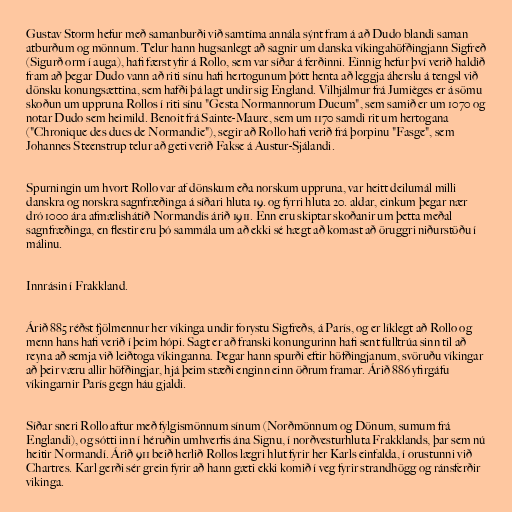
Gustav Storm hefur með samanburði við samtíma annála sýnt fram á að Dudo blandi saman
atburðum og mönnum. Telur hann hugsanlegt að sagnir um danska víkingahöfðingjann Sigfreð
(Sigurð orm í auga), hafi færst yfir á Rollo, sem var síðar á ferðinni. Einnig hefur því verið haldið
fram að þegar Dudo vann að riti sínu hafi hertogunum þótt henta að leggja áherslu á tengsl við
dönsku konungsættina, sem hafði þá lagt undir sig England. Vilhjálmur frá Jumièges er á sömu
skoðun um uppruna Rollos í riti sínu "Gesta Normannorum Ducum", sem samið er um 1070 og
notar Dudo sem heimild. Benoit frá Sainte-Maure, sem um 1170 samdi rit um hertogana
("Chronique des ducs de Normandie"), segir að Rollo hafi verið frá þorpinu "Fasge", sem
Johannes Steenstrup telur að geti verið Fakse á Austur-Sjálandi.

Spurningin um hvort Rollo var af dönskum eða norskum uppruna, var heitt deilumál milli
danskra og norskra sagnfræðinga á síðari hluta 19. og fyrri hluta 20. aldar, einkum þegar nær
dró 1000 ára afmælishátíð Normandís árið 1911. Enn eru skiptar skoðanir um þetta meðal
sagnfræðinga, en flestir eru þó sammála um að ekki sé hægt að komast að öruggri niðurstöðu í
málinu.

Innrásin í Frakkland.

Árið 885 réðst fjölmennur her víkinga undir forystu Sigfreðs, á París, og er líklegt að Rollo og
menn hans hafi verið í þeim hópi. Sagt er að franski konungurinn hafi sent fulltrúa sinn til að
reyna að semja við leiðtoga víkinganna. Þegar hann spurði eftir höfðingjanum, svöruðu víkingar
að þeir væru allir höfðingjar, hjá þeim stæði enginn einn öðrum framar. Árið 886 yfirgáfu
víkingarnir París gegn háu gjaldi.

Síðar sneri Rollo aftur með fylgismönnum sínum (Norðmönnum og Dönum, sumum frá
Englandi), og sótti inn í héruðin umhverfis ána Signu, í norðvesturhluta Frakklands, þar sem nú
heitir Normandí. Árið 911 beið herlið Rollos lægri hlut fyrir her Karls einfalda, í orustunni við
Chartres. Karl gerði sér grein fyrir að hann gæti ekki komið í veg fyrir strandhögg og ránsferðir
vikinga.